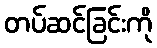
တပ်ဆင်ခြင်းကို